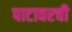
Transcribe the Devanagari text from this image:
पाटावरची